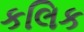
કલિક